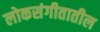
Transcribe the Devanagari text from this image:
लोकसंगीतातील